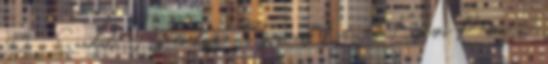
92. , Sandal. Vezetőedző: Szepessy László Lipcsei Péter: –